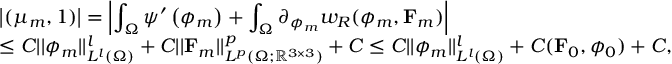
\begin{array} { r l } & { \displaystyle \left| ( \mu _ { m } , 1 ) \right| = \left| \int _ { \Omega } \psi ^ { \prime } \left( \phi _ { m } \right) + \int _ { \Omega } \partial _ { \phi _ { m } } w _ { R } ( \phi _ { m } , \mathbf { F } _ { m } ) \right| } \\ & { \displaystyle \leq C | | \phi _ { m } | | _ { L ^ { l } ( \Omega ) } ^ { l } + C | | \mathbf { F } _ { m } | | _ { L ^ { p } ( \Omega ; \mathbb { R } ^ { 3 \times 3 } ) } ^ { p } + C \leq C | | \phi _ { m } | | _ { L ^ { l } ( \Omega ) } ^ { l } + C ( \mathbf { F } _ { 0 } , \phi _ { 0 } ) + C , } \end{array}